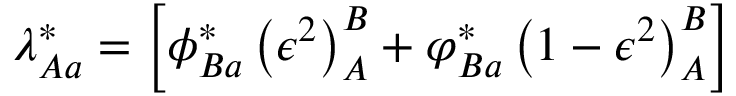
\lambda _ { A a } ^ { * } = \left[ \phi _ { B a } ^ { * } \left( \epsilon ^ { 2 } \right) _ { A } ^ { B } + \varphi _ { B a } ^ { * } \left( 1 - \epsilon ^ { 2 } \right) _ { A } ^ { B } \right]